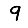
Digit: 9